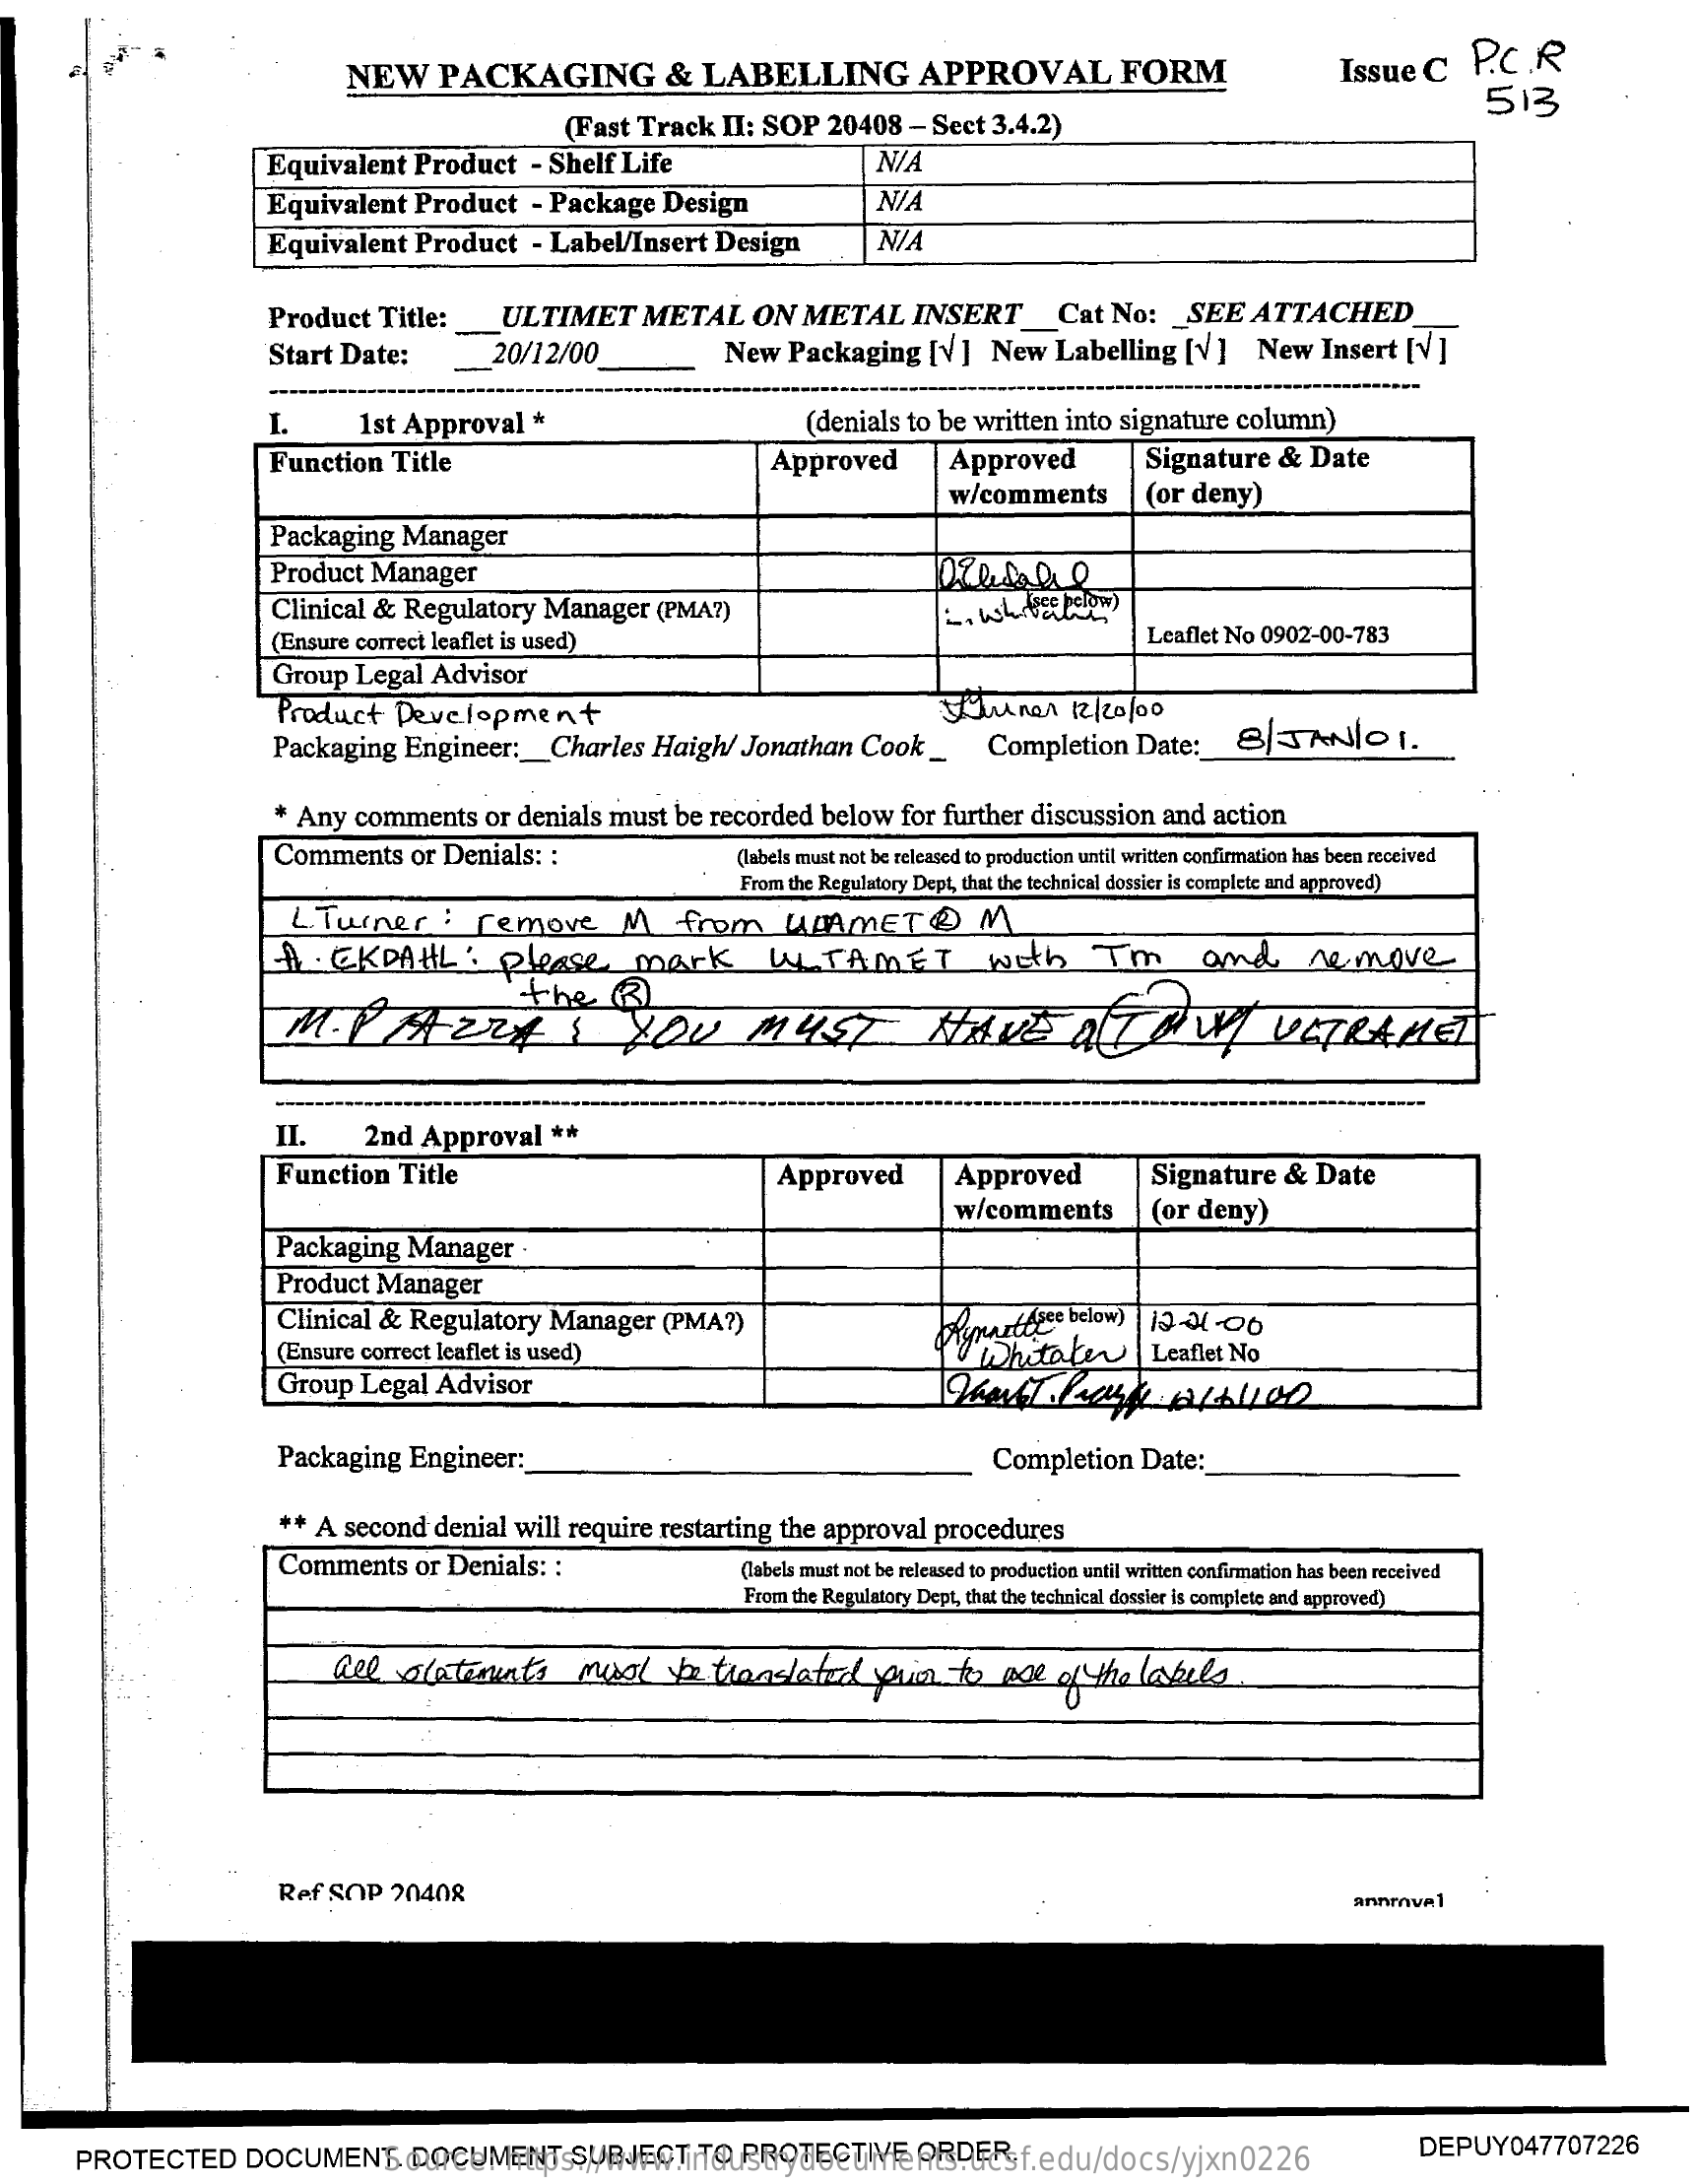
NEW    PACKAGING    &  LABELLING    APPROVAL    FORM    Issue  C   P.C  .R
     513
     (Fast Track  II: SOP  20408   - Sect 3.4.2)
     Equivalent   Product   - Shelf Life    N/A
     Equivalent   Product   - Package   Design    N/A
     Equivalent   Product   - Label/Insert  Design    N/A
     Product   Title: _   ULTIMET    METAL    ON  METAL    INSERT_Cat    No:    SEE   ATTACHED
     Start Date:    20/12/00    New   Packaging   [V]  New   Labelling   [V ]  New   Insert [V ]
     I.    1st Approval   *    (denials to be written into signature column)
     Function   Title    Approved    Approved    Signature  &  Date
     w/comments    (or deny)
     Packaging  Manager
     Product  Manager
     Clinical &  Regulatory  Manager   (PMA?)
     (Ensure correct leaflet is used)    Leaflet No 0902-00-783
     Group  Legal  Advisor
     Product   Development    Tuner    12 /20 /00
     Packaging   Engineer :_  Charles  Haigh/  Jonathan  Cook  _    Completion    Date:    8/ JAN/O1.
     * Any comments    or denials must  be recorded  below  for further discussion and action
     Comments   or Denials:  :    (labels must not be released to production until written confirmation has been received
     From the Regulatory Dept, that the technical dossier is complete and approved)
     L . Turner   :  remove    M    from    UMAMETO    M
     A . EKDAHL    :  please    mark    WY   TAMET    with    I'm    and    remove
     M  .P.  ZA    224;    YOU    MUST    HAVE    aTOWY    ULTRAMET
     the    ()
     II.    2nd Approval    **
     Function  Title    Approved    Approved    Signature   & Date
     w/comments    (or deny)
     Packaging  Manager
     Product Manager
     Clinical & Regulatory   Manager   (PMA?)
     (Ensure correct leaflet is used)
     Oynarthese below)  12-21.00
     Whitaker    | Leaflet No
     Group  Legal  Advisor
     Packaging  Engineer:    Completion   Date:
     * A second  denial  will require restarting the approval procedures
     Comments    or Denials: :    (labels must not be released to production until written confirmation has been received
     From the Regulatory Dept, that the technical dossier is complete and approved)
     all  alatenants    must    be  translated    prin  to   ase  of the labels
     Ref SOP   20408    annenval
     PROTECTED    DOCUMENT.    DOCUMENT    SUBJECT    TO PROTECTIVE    ORDER. Source: https://www.industrydocuments.ucsf.edu/docs/yjxn0226
     DEPUY047707226